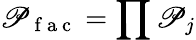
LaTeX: \mathscr{P}_{\mathrm{{~f~a~c~}}}=\prod\mathscr{P}_{j}